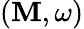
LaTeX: (\mathbf{M},\omega)